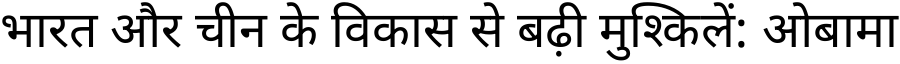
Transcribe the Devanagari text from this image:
भारत और चीन के विकास से बढ़ी मुश्किलें: ओबामा